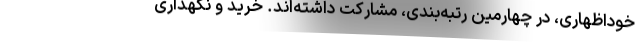
خوداظهاری، در چهارمین رتبه‌بندی، مشارکت داشته‌اند. خرید و نگهداری